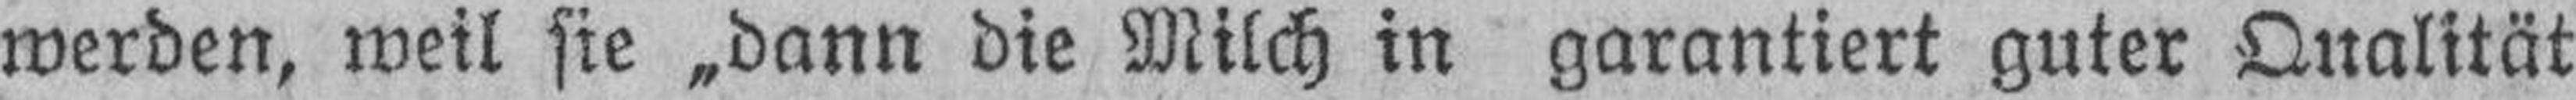
werden, weil sie „dann die Milch in garantiert guter Qualität